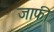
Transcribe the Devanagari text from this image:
जाफी